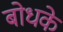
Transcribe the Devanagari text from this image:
बोधके